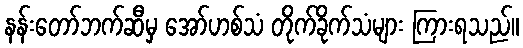
နန်းတော်ဘက်ဆီမှ အော်ဟစ်သံ တိုက်ခိုက်သံများ ကြားရသည်။